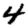
Digit: 4